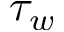
\tau _ { w }